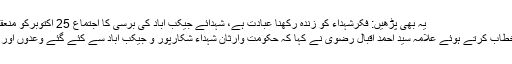
یہ بھی پڑھیں: فکرشہداء کو زندہ رکھنا عبادت ہے، شہدائے جیکب آباد کی برسی کا اجتماع 25 اکتوبرکو منعقد ہوگا،علامہ مقصودڈومکی
اس موقع پر کانفرنس سے خطاب کرتے ہوئے علامہ سید احمد اقبال رضوی نے کہا کہ حکومت وارثان شہداء شکارپور و جیکب آباد سے کئے گئے وعدوں اور معاہدے پر عملدرآمد کرے۔